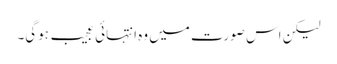
لیکن اس صورت میں وہ انتہائی عجیب ہوگی۔